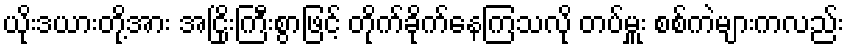
ယိုးဒယားတို့အား အငြိုးကြီးစွာဖြင့် တိုက်ခိုက်နေကြသလို တပ်မှူး စစ်ကဲများကလည်း